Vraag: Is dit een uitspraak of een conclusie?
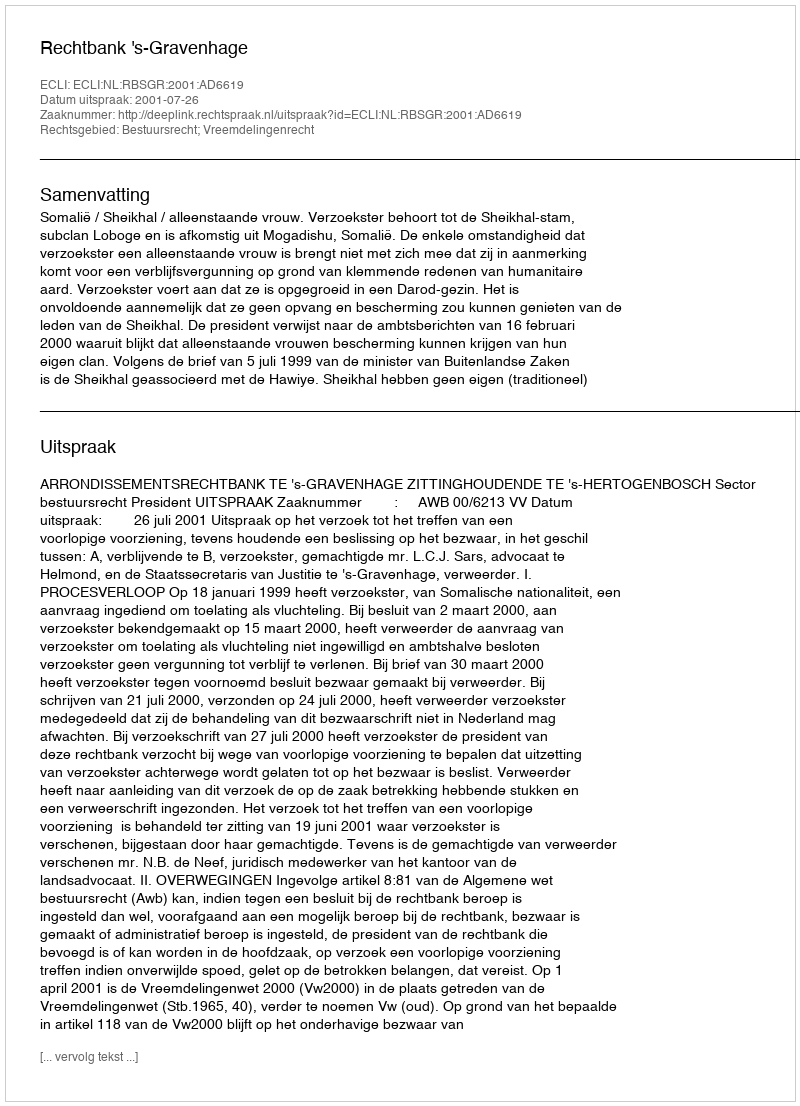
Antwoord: Uitspraak